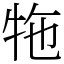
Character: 㸱